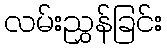
လမ်းညွှန်ခြင်း